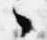
々